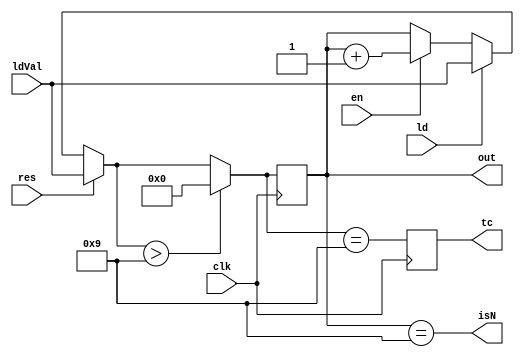
`timescale 1ns / 1ps

module DecCounter(
    input clk,
    input ld,
    input [3:0] ldVal,
    input en,
    input res,
    output reg[3:0] out,
    output tc,
    output isN
    );
    
    reg [3:0]counter;
    reg tcBuff;
    
    initial begin 
        counter <= 4'b0;
        out <= 4'b0;
    end 
    
    assign tc = tcBuff;//counter[3] & ~counter[2] & ~counter[1] & counter[0];
    assign isN = counter == 'd9;
    
    always@(posedge(clk)) begin
        if(res) begin
            counter = ldVal;
        end 
        else if(ld) begin
            counter = ldVal;
        end
        else if(en) begin
            counter = counter + 1;
        end
        if(counter > 4'd9) begin
            counter = 0;
            out = 0;
        end 
        tcBuff = (counter == 4'd9);
        out = counter;
    end
endmodule